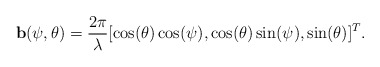
\begin{align*} \mathbf{b}(\psi, \theta) = \frac{2\pi}{\lambda}[\cos(\theta)\cos(\psi), \cos(\theta)\sin(\psi), \sin(\theta)]^T.\end{align*}